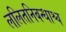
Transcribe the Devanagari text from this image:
ललितनिबन्धाश्च